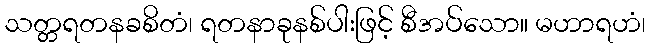
သတ္တရတနခစိတံ၊ ရတနာခုနစ်ပါးဖြင့် စီအပ်သော။ မဟာရဟံ၊